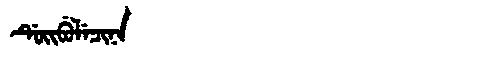
Manchu: ᡩᡠᡳᠪᡠᠯᡝᠴᡳᠨᠠ
Romanization: DUIBULECINA